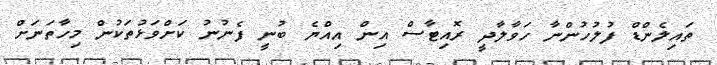
ތައިލެންޑް ފުލުހުންނާ ހަވާލާދީ ރޮއިޓާސް އިން އިއްޔެ ބުނީ ފެނުނު ކަށްވަޅުތަކުން މިހާތަނަށް